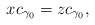
\begin{align*} x c_{\gamma_0} = z c_{\gamma_0},\end{align*}